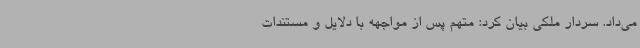
می‌داد. سردار ملکی بیان کرد: متهم پس از مواجهه با دلایل و مستندات